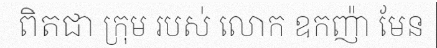
ពិតជា ក្រុម របស់ លោក ឧកញ៉ា មែន